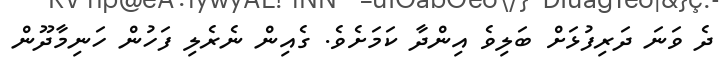
ދެ ވަނަ ދަރިފުޅަށް ބަލިވެ އިންދާ ކަމަށެވެ. ގެއިން ނެރެލި ފަހުން ހަނިމާދޫން